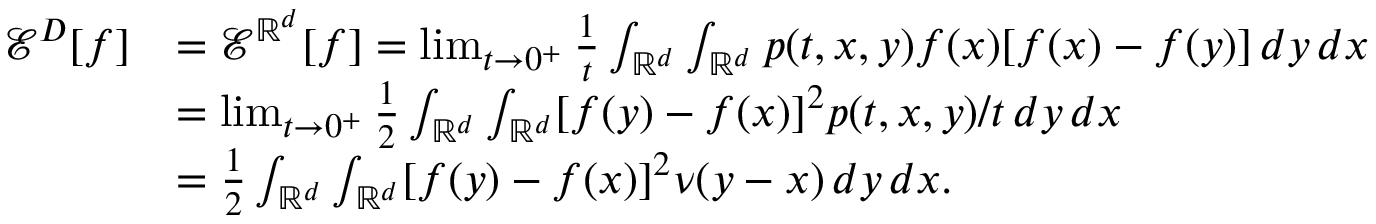
\begin{array} { r l } { \mathcal { E } ^ { D } [ f ] } & { = \mathcal { E } ^ { \mathbb { R } ^ { d } } [ f ] = \operatorname* { l i m } _ { t \to 0 ^ { + } } \frac 1 t \int _ { \mathbb { R } ^ { d } } \int _ { \mathbb { R } ^ { d } } p ( t , x , y ) f ( x ) [ f ( x ) - f ( y ) ] \, d y \, d x } \\ & { = \operatorname* { l i m } _ { t \to 0 ^ { + } } \frac 1 2 \int _ { \mathbb { R } ^ { d } } \int _ { \mathbb { R } ^ { d } } [ f ( y ) - f ( x ) ] ^ { 2 } p ( t , x , y ) / t \, d y \, d x } \\ & { = \frac 1 2 \int _ { \mathbb { R } ^ { d } } \int _ { \mathbb { R } ^ { d } } [ f ( y ) - f ( x ) ] ^ { 2 } \nu ( y - x ) \, d y \, d x . } \end{array}